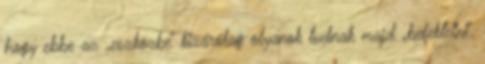
hogy ebbe az „eszközbe” kizárólag olyanok tudnak majd „befektetni”,